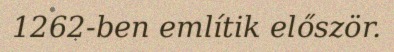
1262-ben említik először.